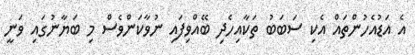
އެ އަޑުއެހުންތައް އެކި ސަބަބު ތަކާއިހެދި ބޭއްވިފައި ނުވާކަންވެސް މި ބަޔާނުގައި ވަނީ